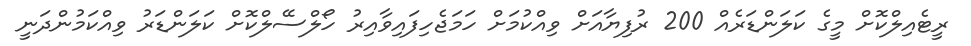
ރީޓެއިލްކޮށް މީގެ ކަލަންޑަރެއް 200 ރުފިޔާއަށް ވިއްކުމަށް ހަމަޖެހިފައިވާއިރު ހޯލްސޭލްކޮށް ކަލަންޑަރު ވިއްކަމުންދަނީ